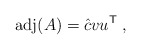
\begin{align*}{\rm adj}(A) = \hat{c} v u^{\sf T} \;,\end{align*}